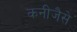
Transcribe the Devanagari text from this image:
कनीजैसे